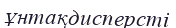
ұнтақдисперсті